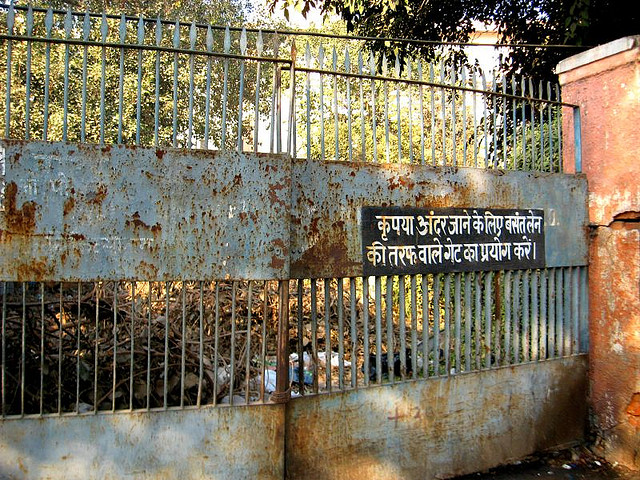
Language: hindi
Transcription: प्रयोग करें। जाने के लिए बसंत लेन की तरफ गेट का कृपया वाले अंदर